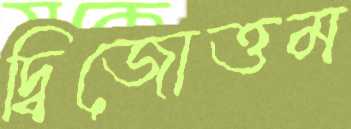
দ্বিজোত্তম